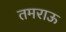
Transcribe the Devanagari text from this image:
तमराऊ